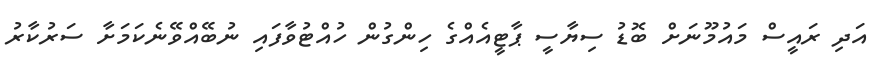
އަދި ރައީސް މައުމޫނަށް ބޮޑު ސިޔާސީ ޕާޓީއެއްގެ ހިންގުން ހުއްޓުވާފައި ނުބޭއްވޭނެކަމަށާ ސަރުކާރު